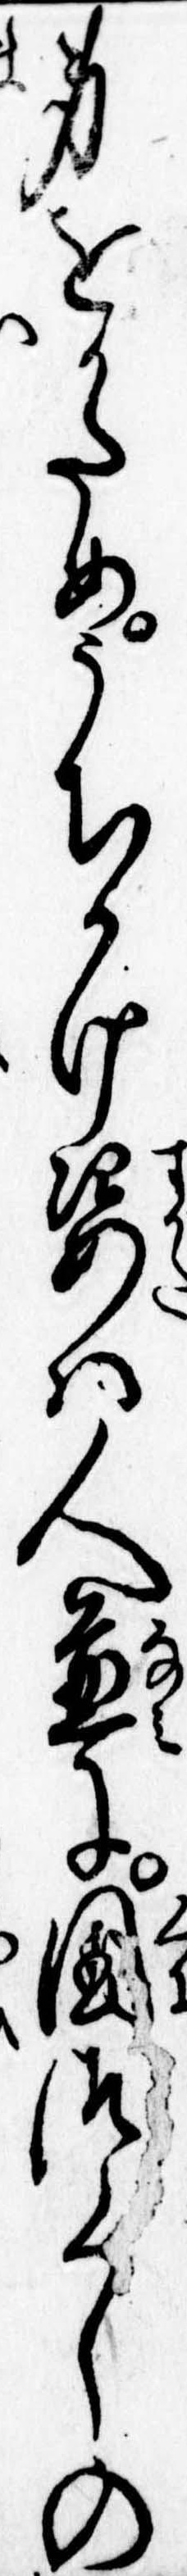
身をかためうちかけ姿は人並に国つくしの